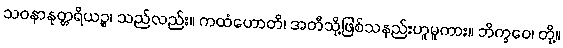
သဝနာနုတ္တရိယဉ္စ၊ သည်လည်း။ ကထံဟောတိ၊ အတီသို့ဖြစ်သနည်းဟူမူကား။ ဘိက္ခဝေ၊ တို့။